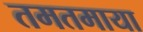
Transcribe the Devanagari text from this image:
तमतमाया